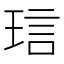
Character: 琂